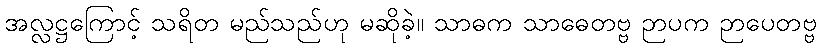
အလ္လဋ္ဌကြောင့် သရိတ မည်သည်ဟု မဆိုခဲ့။ သာဓက သာဓေတဗ္ဗ ဉာပက ဉာပေတဗ္ဗ